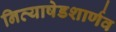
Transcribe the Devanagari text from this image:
नित्याषेडशार्णव